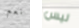
نعم ليس